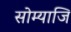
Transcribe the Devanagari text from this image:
सोम्याजि